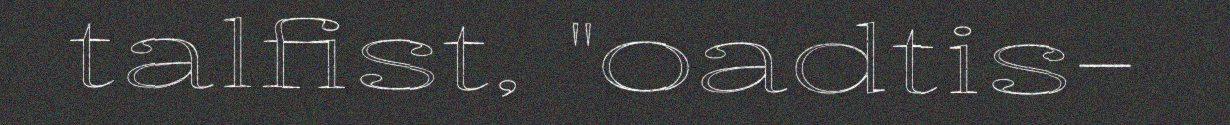
talfist, "oadtis-